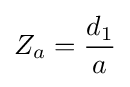
Z_{a}={\frac {d_{1}}{a}}